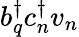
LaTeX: b_{q}^{\dagger}c_{n}^{\dagger}v_{n}